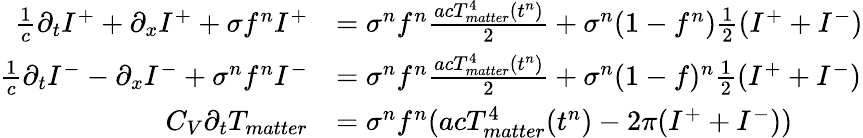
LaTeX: \begin{array}{rl}{\frac{1}{c}\partial_{t}I^{+}+\partial_{x}I^{+}+\sigma f^{n}I^{+}}&{=\sigma^{n}f^{n}\frac{acT_{matter}^{4}(t^{n})}{2}+\sigma^{n}(1-f^{n})\frac{1}{2}(I^{+}+I^{-})}\\ {\frac{1}{c}\partial_{t}I^{-}-\partial_{x}I^{-}+\sigma^{n}f^{n}I^{-}}&{=\sigma^{n}f^{n}\frac{acT_{matter}^{4}(t^{n})}{2}+\sigma^{n}(1-f)^{n}\frac{1}{2}(I^{+}+I^{-})}\\ {C_{V}\partial_{t}T_{matter}}&{=\sigma^{n}f^{n}(acT_{matter}^{4}(t^{n})-2\pi(I^{+}+I^{-}))}\end{array}